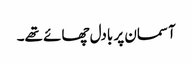
آسمان پر بادل چھائے تھے۔